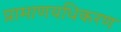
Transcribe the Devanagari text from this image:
प्रामाणयधिकरण